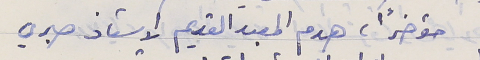
مؤخراً هدم المعبد القديم الاستاذ صبري